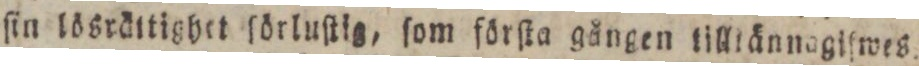
ſin lösrättighet ſörluſtis,ſom förſta gången tilliännagiſwes.